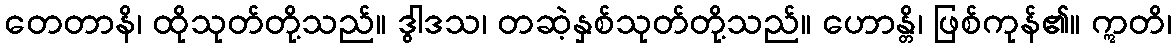
တေတာနိ၊ ထိုသုတ်တို့သည်။ ဒွါဒသ၊ တဆဲ့နှစ်သုတ်တို့သည်။ ဟောန္တိ၊ ဖြစ်ကုန်၏။ ဣတိ၊